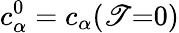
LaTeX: c_{\alpha}^{0}=c_{\alpha}(\mathscr{T}{=}0)